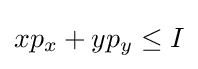
xp_{x}+yp_{y}\leq I